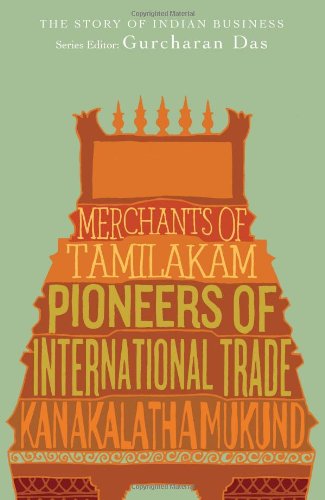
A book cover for The Story of Indian Business; K. Mukund; Travel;